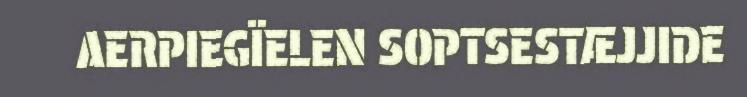
AERPIEGÏELEN SOPTSESTÆJJIDE